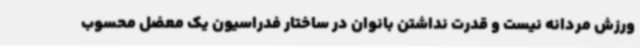
ورزش مردانه نیست و قدرت نداشتن بانوان در ساختار فدراسیون یک معضل محسوب